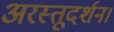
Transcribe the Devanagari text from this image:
अरस्तूदर्शन।